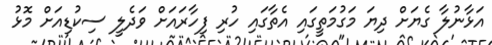
އަޅާނުލާ ގެޔަށް ދިޔަ މަގުމަތީގައި އެތާގައި ހުރި ފިހާރައަށް ވަދެލީ ސިކުޑިއަށް މޮޅު